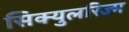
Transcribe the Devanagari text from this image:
सिक्युलरिज्म